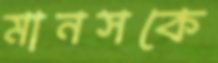
মানসকে